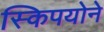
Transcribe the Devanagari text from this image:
स्किपयोने